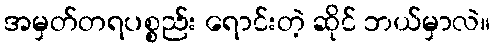
အမှတ်တရပစ္စည်း ရောင်းတဲ့ ဆိုင် ဘယ်မှာလဲ။